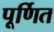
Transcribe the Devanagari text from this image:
पूर्णित